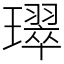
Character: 璻